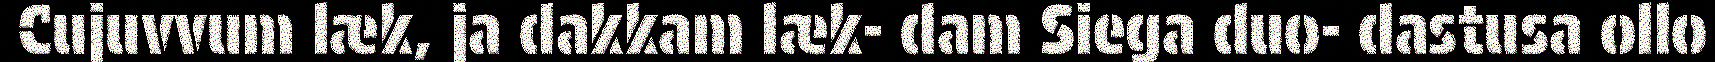
Cujuvvum læk, ja dakkam læk- dam Siega duo- dastusa ollo